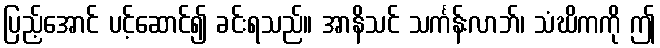
ပြည့်အောင် ပင့်ဆောင်၍ ခင်းရသည်။ အာနိသင် သင်္ကန်းလာဘ်၊ သံဃိကကို ဤ